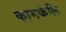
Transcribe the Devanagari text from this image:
कामकेलि